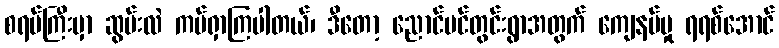
စရပ်ကြီးမှာ ဆွမ်းလဲ ကပ်ရှာကြပါတယ်၊ ဒီတော့ ညောင်ပင်တွင်းရွာအတွက် ကျေနပ်မှု ရရစ်အောင်